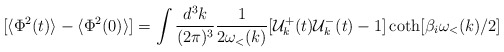
\begin{align*}[\langle\Phi^2(t)\rangle-\langle\Phi^2(0)\rangle] =\int \frac{d^3k}{(2\pi)^3} \frac{1}{2\omega_{<}(k)}[{\cal{U}}^+_k(t){\cal{U}}^-_k(t)-1] \coth[\beta_i\omega_{<}(k)/2]\end{align*}